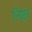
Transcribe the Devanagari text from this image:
निष्टा